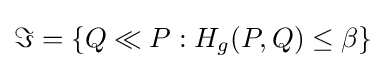
\Im =\{Q\ll P:H_{g}(P,Q)\leq \beta \}